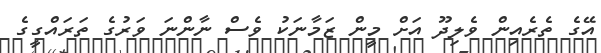
އޭގެ ތެރެއިން ވެލިދޫ އަށް މީން ޒަމާނަކު ވެސް ނާންނަ ވަރުގެ ތަރައްގީގެ